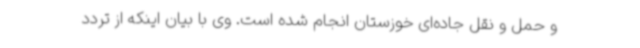
و حمل و نقل جاده‌ای خوزستان انجام شده است. وی با بیان اینکه از تردد